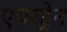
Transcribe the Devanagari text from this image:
एयरट्रेन